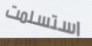
استسلمت